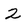
Character: 2